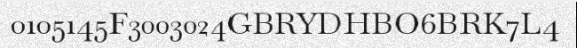
0105145F3003024GBRYDHBO6BRK7L4